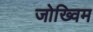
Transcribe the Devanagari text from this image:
जोख्विम